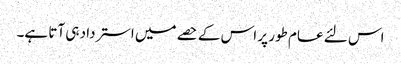
اس لئے عام طور پر اس کے حصے میں استرداد ہی آتا ہے۔